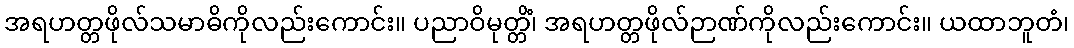
အရဟတ္တဖိုလ်သမာဓိကိုလည်းကောင်း။ ပညာဝိမုတ္တိံ၊ အရဟတ္တဖိုလ်ဉာဏ်ကိုလည်းကောင်း။ ယထာဘူတံ၊